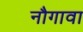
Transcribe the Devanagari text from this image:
नौगावा